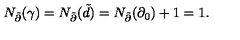
N _ { \tilde { \partial } } ( \gamma ) = N _ { \tilde { \partial } } ( \tilde { d } ) = N _ { \tilde { \partial } } ( \partial _ { 0 } ) + 1 = 1 .